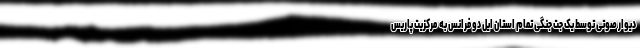
دیوار صوتی توسط یک جت جنگی تمام استان ایل دو فرانس به مرکزیت پاریس